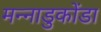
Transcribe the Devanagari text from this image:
मन्नाडुकोंडा